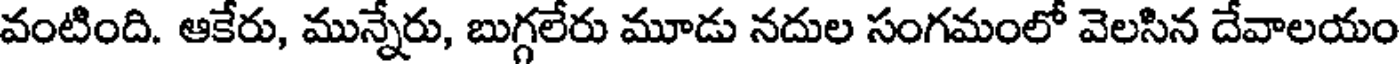
వంటింది. ఆకేరు, మున్నేరు, బుగ్గలేరు మూడు నదుల సంగమంలో వెలసిన దేవాలయం